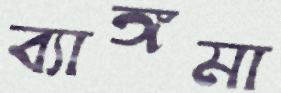
ব্যাঙ্গমা